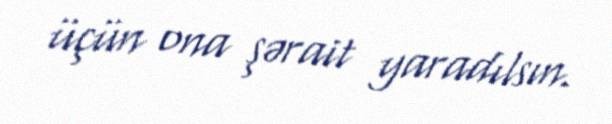
üçün ona şərait yaradılsın.